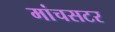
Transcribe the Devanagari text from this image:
मांचसटर